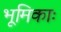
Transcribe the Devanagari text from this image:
भूमिकाः